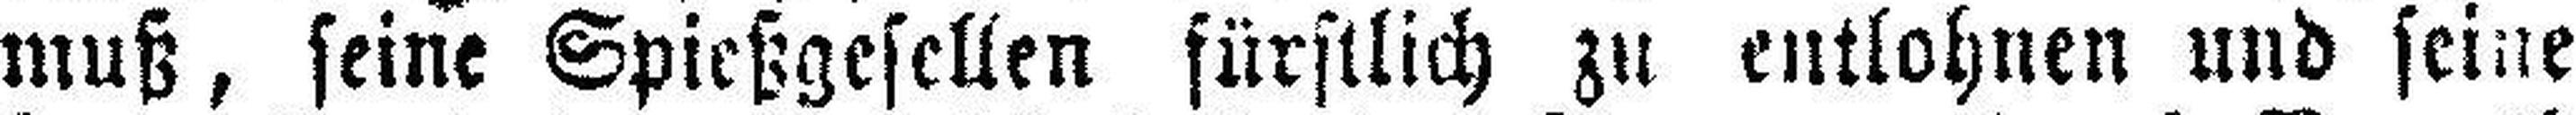
muß, seine Spießgesellen fürstlich zu entlohnen und seine